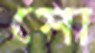
পো